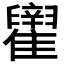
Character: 𬯶